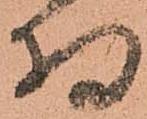
持